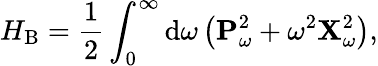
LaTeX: H_{\mathrm{B}}=\frac{1}{2}\int_{0}^{\infty}\mathrm{d}\omega\, \big(\mathbf{P}_{\omega}^{2}+\omega^{2}\mathbf{X}_{\omega}^{2}\big),